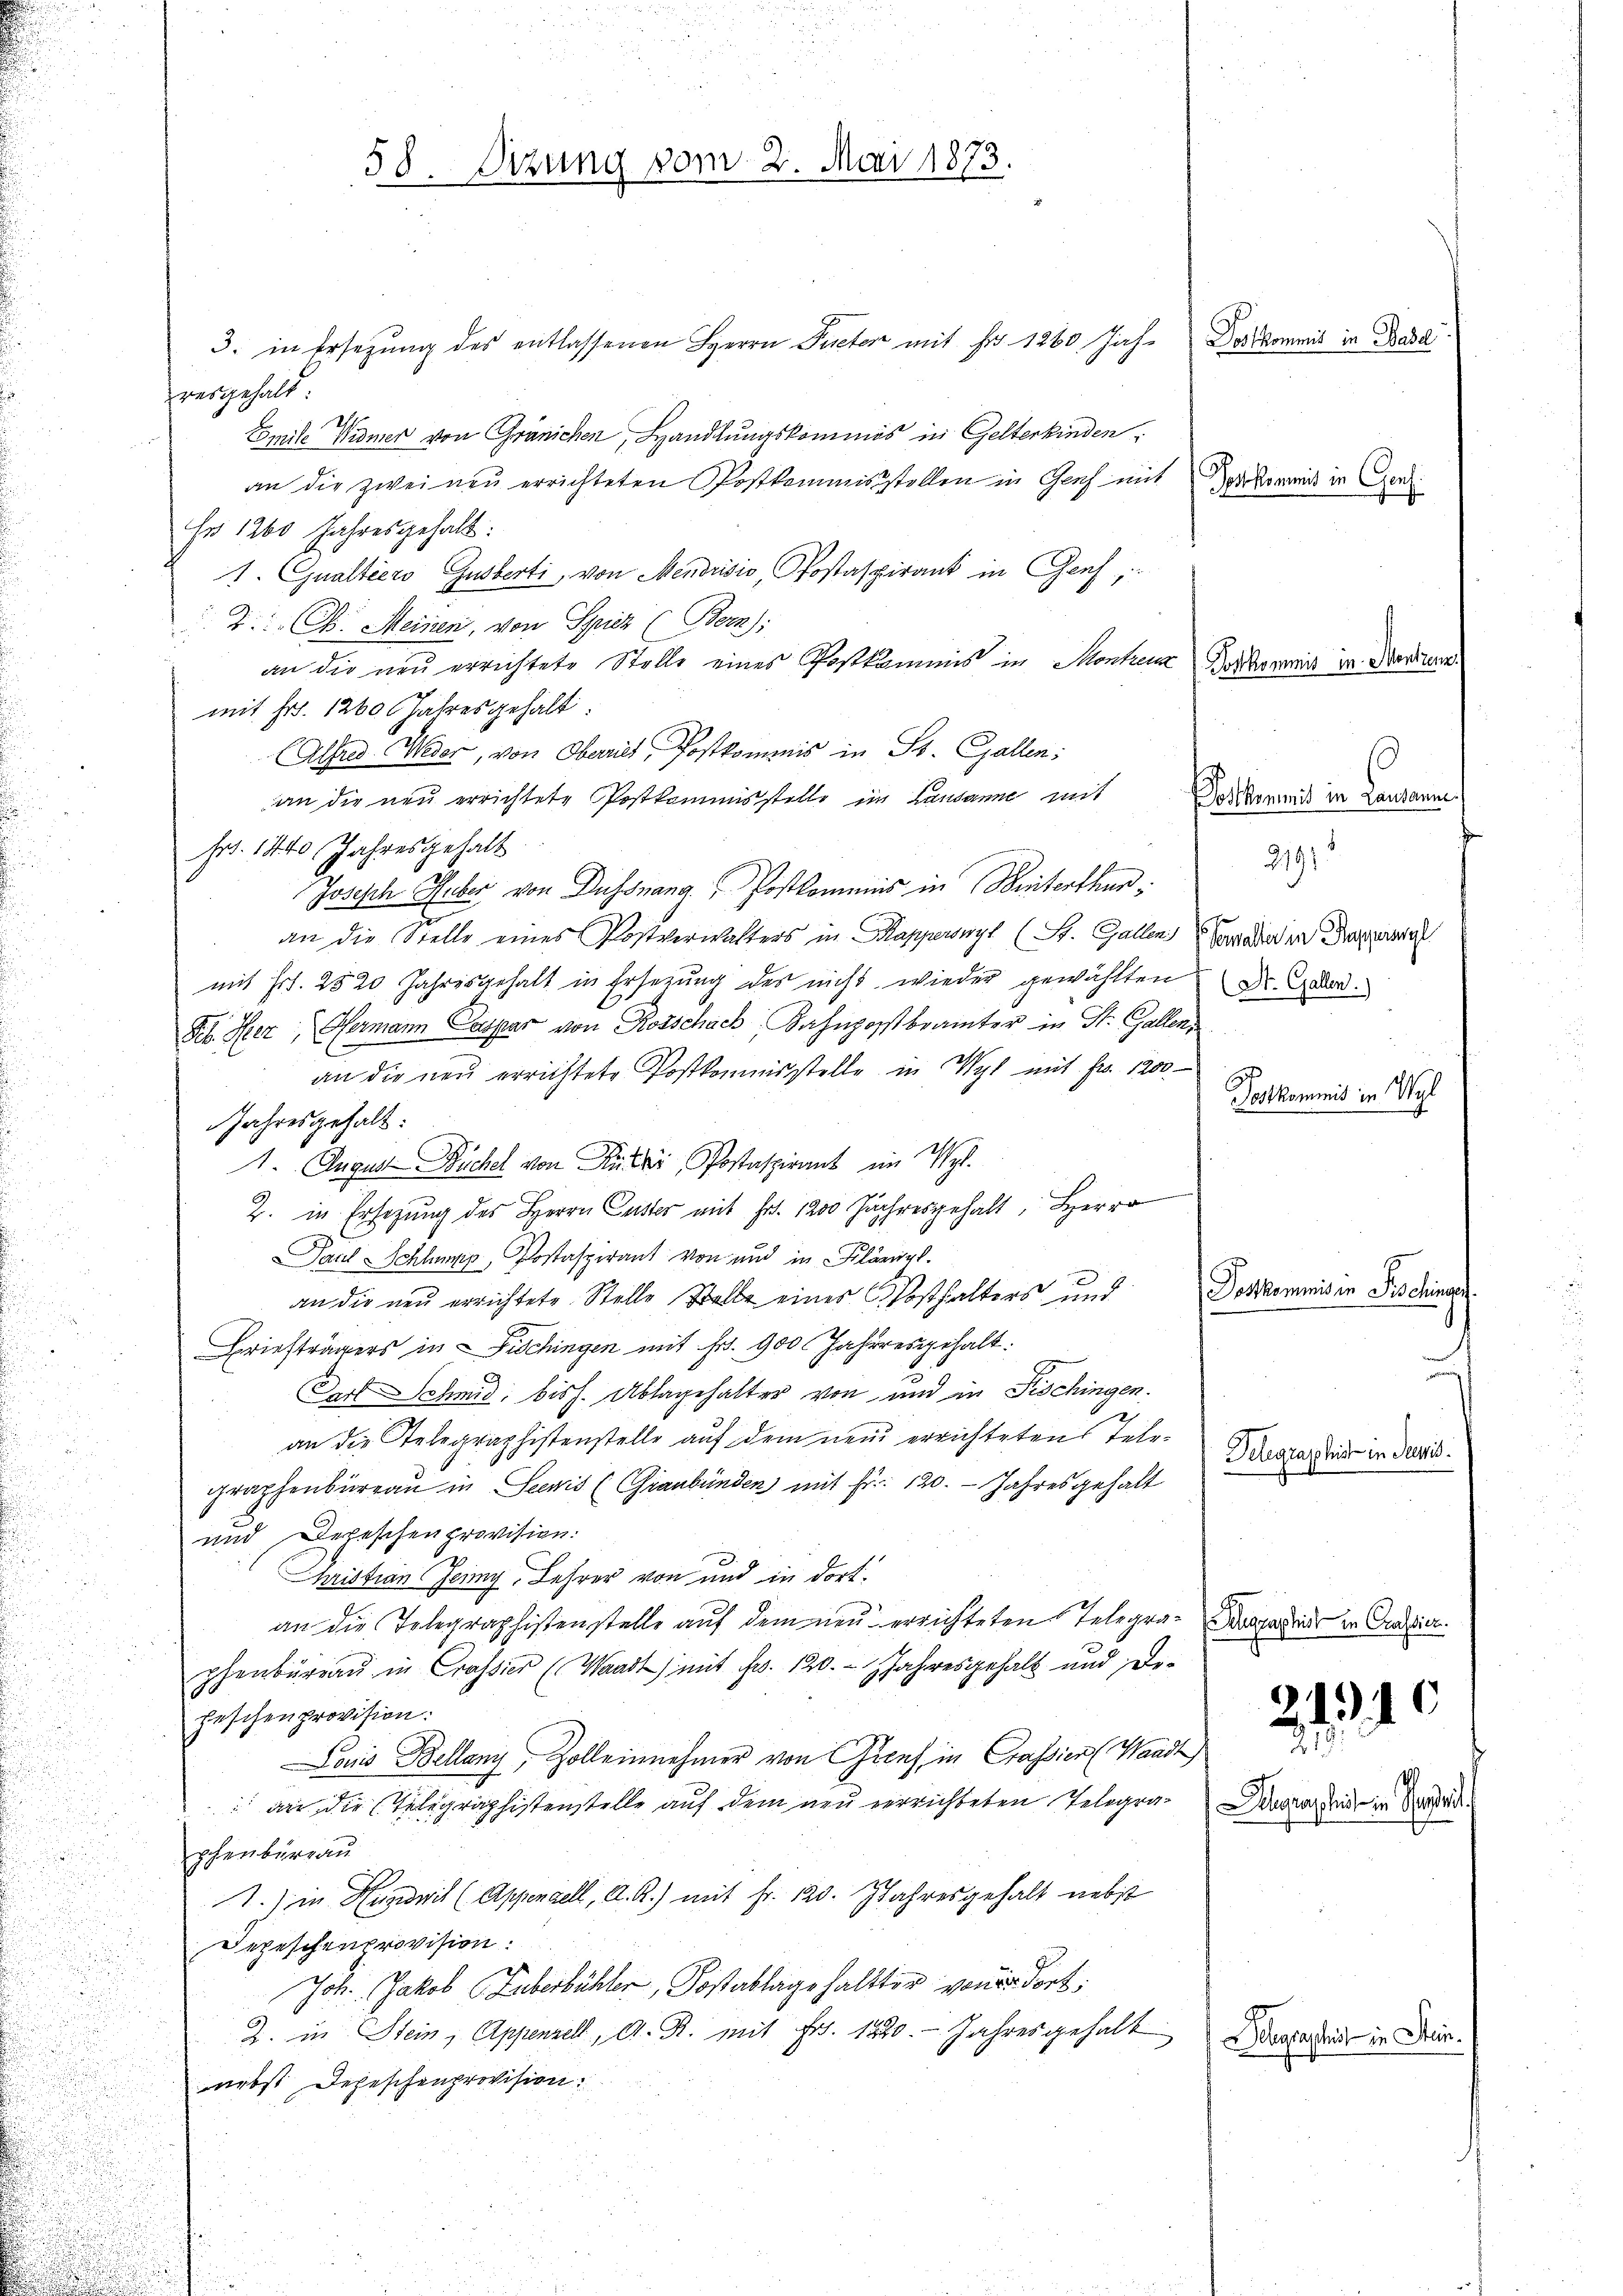
58. Sizung vom 2. Mai 1873.

3. in Ersetzung des entlassenen Herrn Pacter mit Fr. 1260 Jahresgehalt
Emite Widmer von Gränichen, Handlungskommis in Gelterkinden
an die zweinen errichteten Postkommisstellen in Genf mit
Er 1260 Jahresgehalt:
1. Qualtéero Guberti, von Mendrisis Postaspirant in Genf
2. Ch. Meinen, von Spiez (Bern):
an die neu errichtete Stelle eines Postkamms in Montreuz
mit Fr. 1260 Jahresgehalt
(Alfred Weder, von Oberrich, Postkommis in St. Gallen:
an die neu errichtete Postkommisstelle im Landanne mit
Fr. 1440 Jahresgehalt
Joseph Huber von Dussnang Postkommnis in Winterthur
an die Stelle eines Postverwalters in Kapperswyl (St. Gallen)
mit Fr. 2520 Jahresgehalt in Ersezung des nicht wieder gewählten
Feb. Hier Germann Caspar von Rosschach Bahnpostbrämter in St. Gallen,
an die neŭ errichtete Postkommisstelle in Wyl mit Fr. 1200
Jahresgehalt:
1. August Ruchel von Rüker, Postaspirant im Myl.
2. in Ersezung des Herrn Caster mit Fr. 1200 Jahresgehalt, Herr
Paul Schlumpp, Postaspirant von und in Klängl
an die neu errichtete Stelle Stelle eines Posthalters und
Briefträgers in Fischingen mit Fr. 900 Jahresgehalt.
Dort Schmid, biss. Ablagehalter von und in Fischingen.
an die Stelegraphistenstelle auf dem neue errichtetens Telegraphenbureau in Seewis (Graubünden mit Fr. 120. Jahresgehalt
und Depeschen provision:
Christian Jenny, Lehrer von und in dort.
an die Telegraphistenstelle auf dem neu errichteten Telegraphenbüreau in Crassier (Waadt) mit Fr. 120. Jahresgehalt und Defeschenprovision:
Louis Bellany, Zolleinnehmer von Genf in Crassier (Waadt
 an die Telegraphistenstelle auf dem neu verrichteten Telegraphenbureau
1.) in Ausweil (Appenaell, A. R.) mit Fr. 120. Jahresgehalt nebst
Depeschenprovision.
Joh. Jakob Huberbühler, Kostablage haltter von dort:
J. in Stein, Appenzell, A. R. mit Fr. 1220. Jahresgehalt
nebst Depeschenprovision.

Dostkommis in Base

Postkommis in Genf.

Postkommis in Mentzen

Postkommis in Lausanne.

2191
Gewalter in Ruswyl
(St. Gallen.)
Postkommnis in Wyl

Postkommis in Fischinge

Telegraphist in Seewis

Segraphist in Crassier.

21.10

Delegraphie in Perseit

Delegraphist in Stein¬